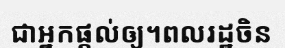
ជាអ្នកផ្តល់ឲ្យ។ពលរដ្ឋចិន